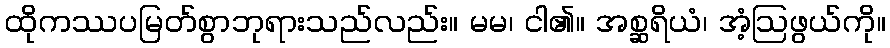
ထိုကဿပမြတ်စွာဘုရားသည်လည်း။ မမ၊ ငါ၏။ အစ္ဆရိယံ၊ အံ့ဩဖွယ်ကို။